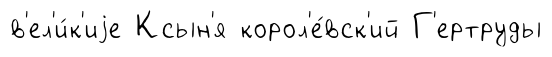
в'ел'и́к'иjе Ксын'я корол'е́вск'ий Г'ертруды